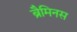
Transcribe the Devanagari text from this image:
ब्रैमिनस